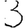
Digit: 3